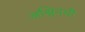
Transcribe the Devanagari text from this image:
अश्विनची